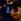
انا